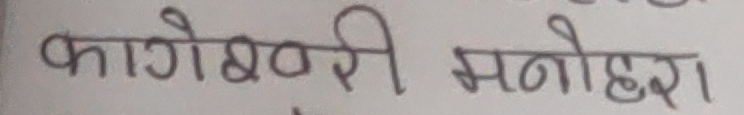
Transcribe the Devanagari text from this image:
कागेश्वरी मनोहरा